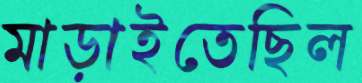
মাড়াইতেছিল